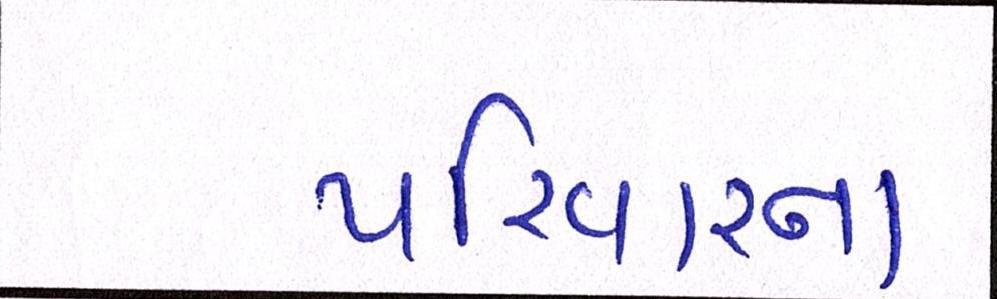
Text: પરિવારના